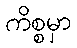
ကိစ္စမှာ